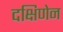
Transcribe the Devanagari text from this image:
दक्षिणेन